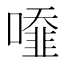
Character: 𠿓